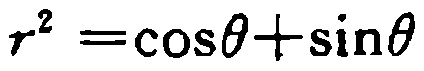
\(r^{2}=\cos\theta+\sin\theta\)